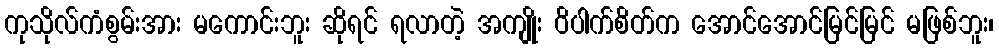
ကုသိုလ်ကံစွမ်းအား မကောင်းဘူး ဆိုရင် ရလာတဲ့ အကျိုး ဝိပါက်စိတ်က အောင်အောင်မြင်မြင် မဖြစ်ဘူး၊